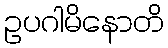
ဥပဂါမိနောတိ